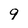
Character: 9